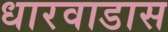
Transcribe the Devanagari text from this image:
धारवाडास